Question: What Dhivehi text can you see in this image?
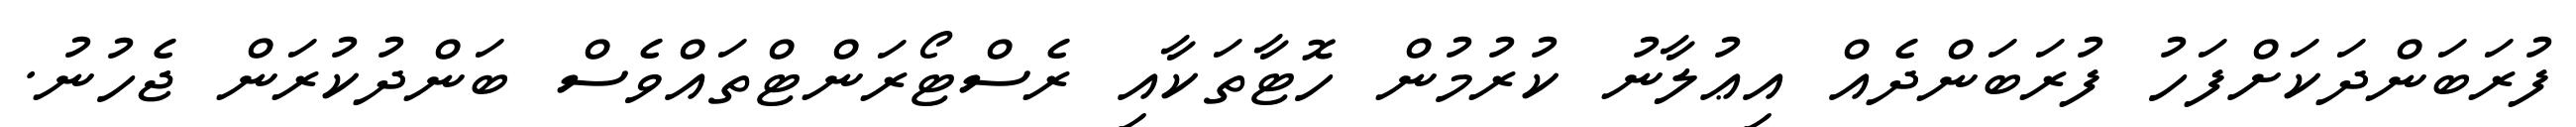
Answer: ފުރަބަންދަކަށްފަހު ފުރަބަންދެއް އިޢުލާނު ކުރުމުން ހޮޓާތަކާއި ރެސްޓޯރަންޓްތައްވެސް ބަންދުކުރަން ޖެހުނު.